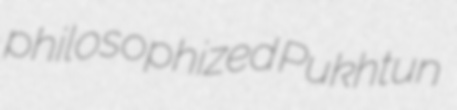
philosophized Pukhtun